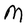
Character: M